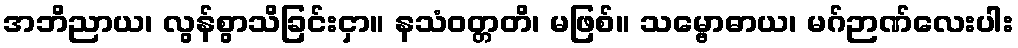
အဘိညာယ၊ လွန်စွာသိခြင်းငှာ။ နသံဝတ္တတိ၊ မဖြစ်။ သမ္ဗောဓာယ၊ မဂ်ဉာဏ်လေးပါး